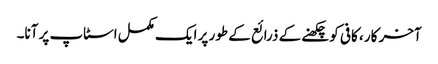
آخر کار ، کافی کو چکھنے کے ذرائع کے طور پر ایک مکمل اسٹاپ پر آنا۔